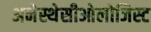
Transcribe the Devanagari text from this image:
अनेस्थेसीओलोजिस्ट